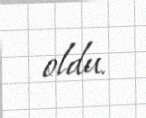
oldu.